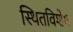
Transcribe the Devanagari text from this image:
स्थितविशेष